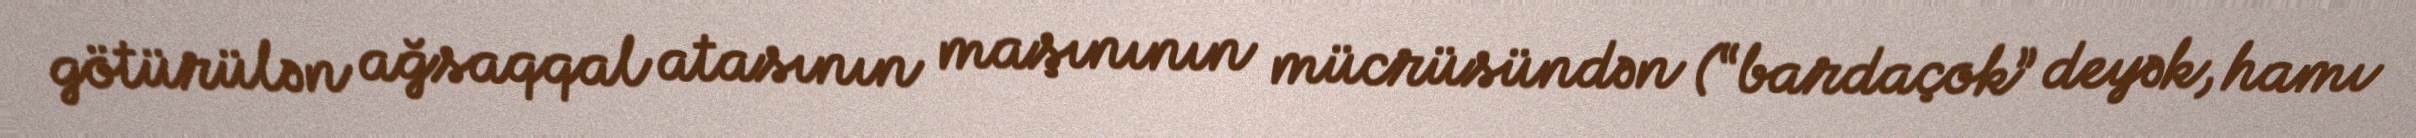
götürülən ağsaqqal atasının maşınının mücrüsündən (“bardaçok” deyək, hamı